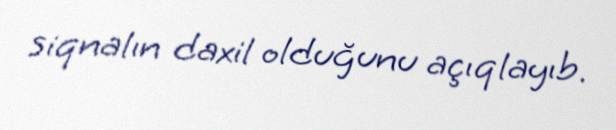
siqnalın daxil olduğunu açıqlayıb.